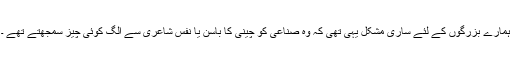
ہمارے بزرگوں کے لئے ساری مشکل یہی تھی کہ وہ صناعی کو چینی کا باسن یا نفس شاعری سے الگ کوئی چیز سمجھتے تھے ۔